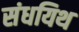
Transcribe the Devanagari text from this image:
संधयिथ